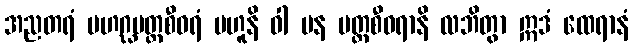
အညတရံ မဟဂ္ဃပတ္တစီဝရံ ဗဟူနိ ဝါ ပန ပတ္တစီဝရာနိ လဘိတွာ ဣဒံ ထေရာနံ